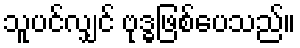
သူပင်လျှင် ဗုဒ္ဓဖြစ်ပေသည်။